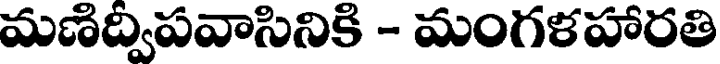
మణిద్విపవాసినికి - మంగళహారతి